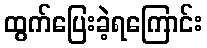
ထွက်ပြေးခဲ့ရကြောင်း